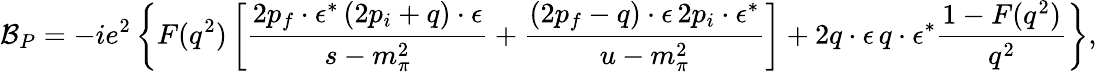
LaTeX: {\cal B}_{P}=-ie^{2}\left\{ F(q^{2})\left[\frac{2p_{f}\cdot\epsilon^{\ast}\, (2p_{i}+q)\cdot\epsilon}{s-m_{\pi}^{2}}+\frac{(2p_{f}-q)\cdot\epsilon\, 2p_{i}\cdot\epsilon^{\ast}}{u-m_{\pi}^{2}}\right]+2q\cdot\epsilon\, q\cdot\epsilon^{\ast}\frac{1-F(q^{2})}{q^{2}}\right\} ,